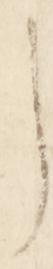
了